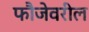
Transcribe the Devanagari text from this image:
फौजेवरील